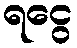
ရငွေ